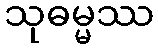
သုဓမ္မဿ